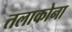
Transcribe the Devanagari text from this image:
तलाकोना